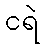
ငရဲ